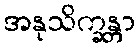
အနုသိက္ခန္တာ